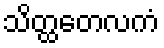
သိတ္ထတေလကံ